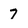
Character: 7